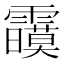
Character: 𲊍